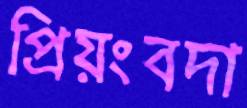
প্রিয়ংবদা